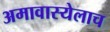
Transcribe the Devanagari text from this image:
अमावास्येलाच